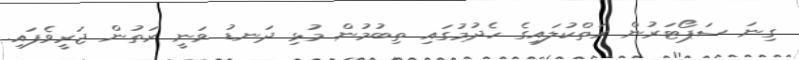
ގިނަ ސަޕޯޓަރުން ރަތްކުލައިގެ ހެދުމުގައި ތިބުމުން މުޅި ދަނޑު ވަނީ ރަތުން ޖަރީވެފައި.